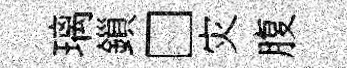
璃鎻□灾腹